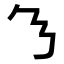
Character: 𬼄